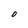
Character: O